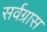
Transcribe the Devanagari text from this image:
सर्वग्रास